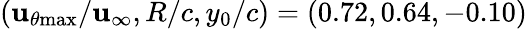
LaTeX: (\mathbf{u}_{\theta\mathrm{{{max}}}}/\mathbf{u}_{\infty},R/c,y_{0}/c)=(0.72,0.64,-0.10)